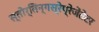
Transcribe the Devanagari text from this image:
स्तोर्तिन्गस्रेप्रेजेंतेटर